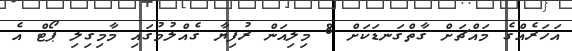
އަހަރެއްގެ މައްޗަށް ގާތްގަނޑަކަށް 8 މިލިއަން ރުފިޔާ ގެއްލުމުގައި މާމިގިލި ޕޯޓް އެ